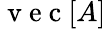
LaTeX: \mathrm{~v~e~c~}[A]